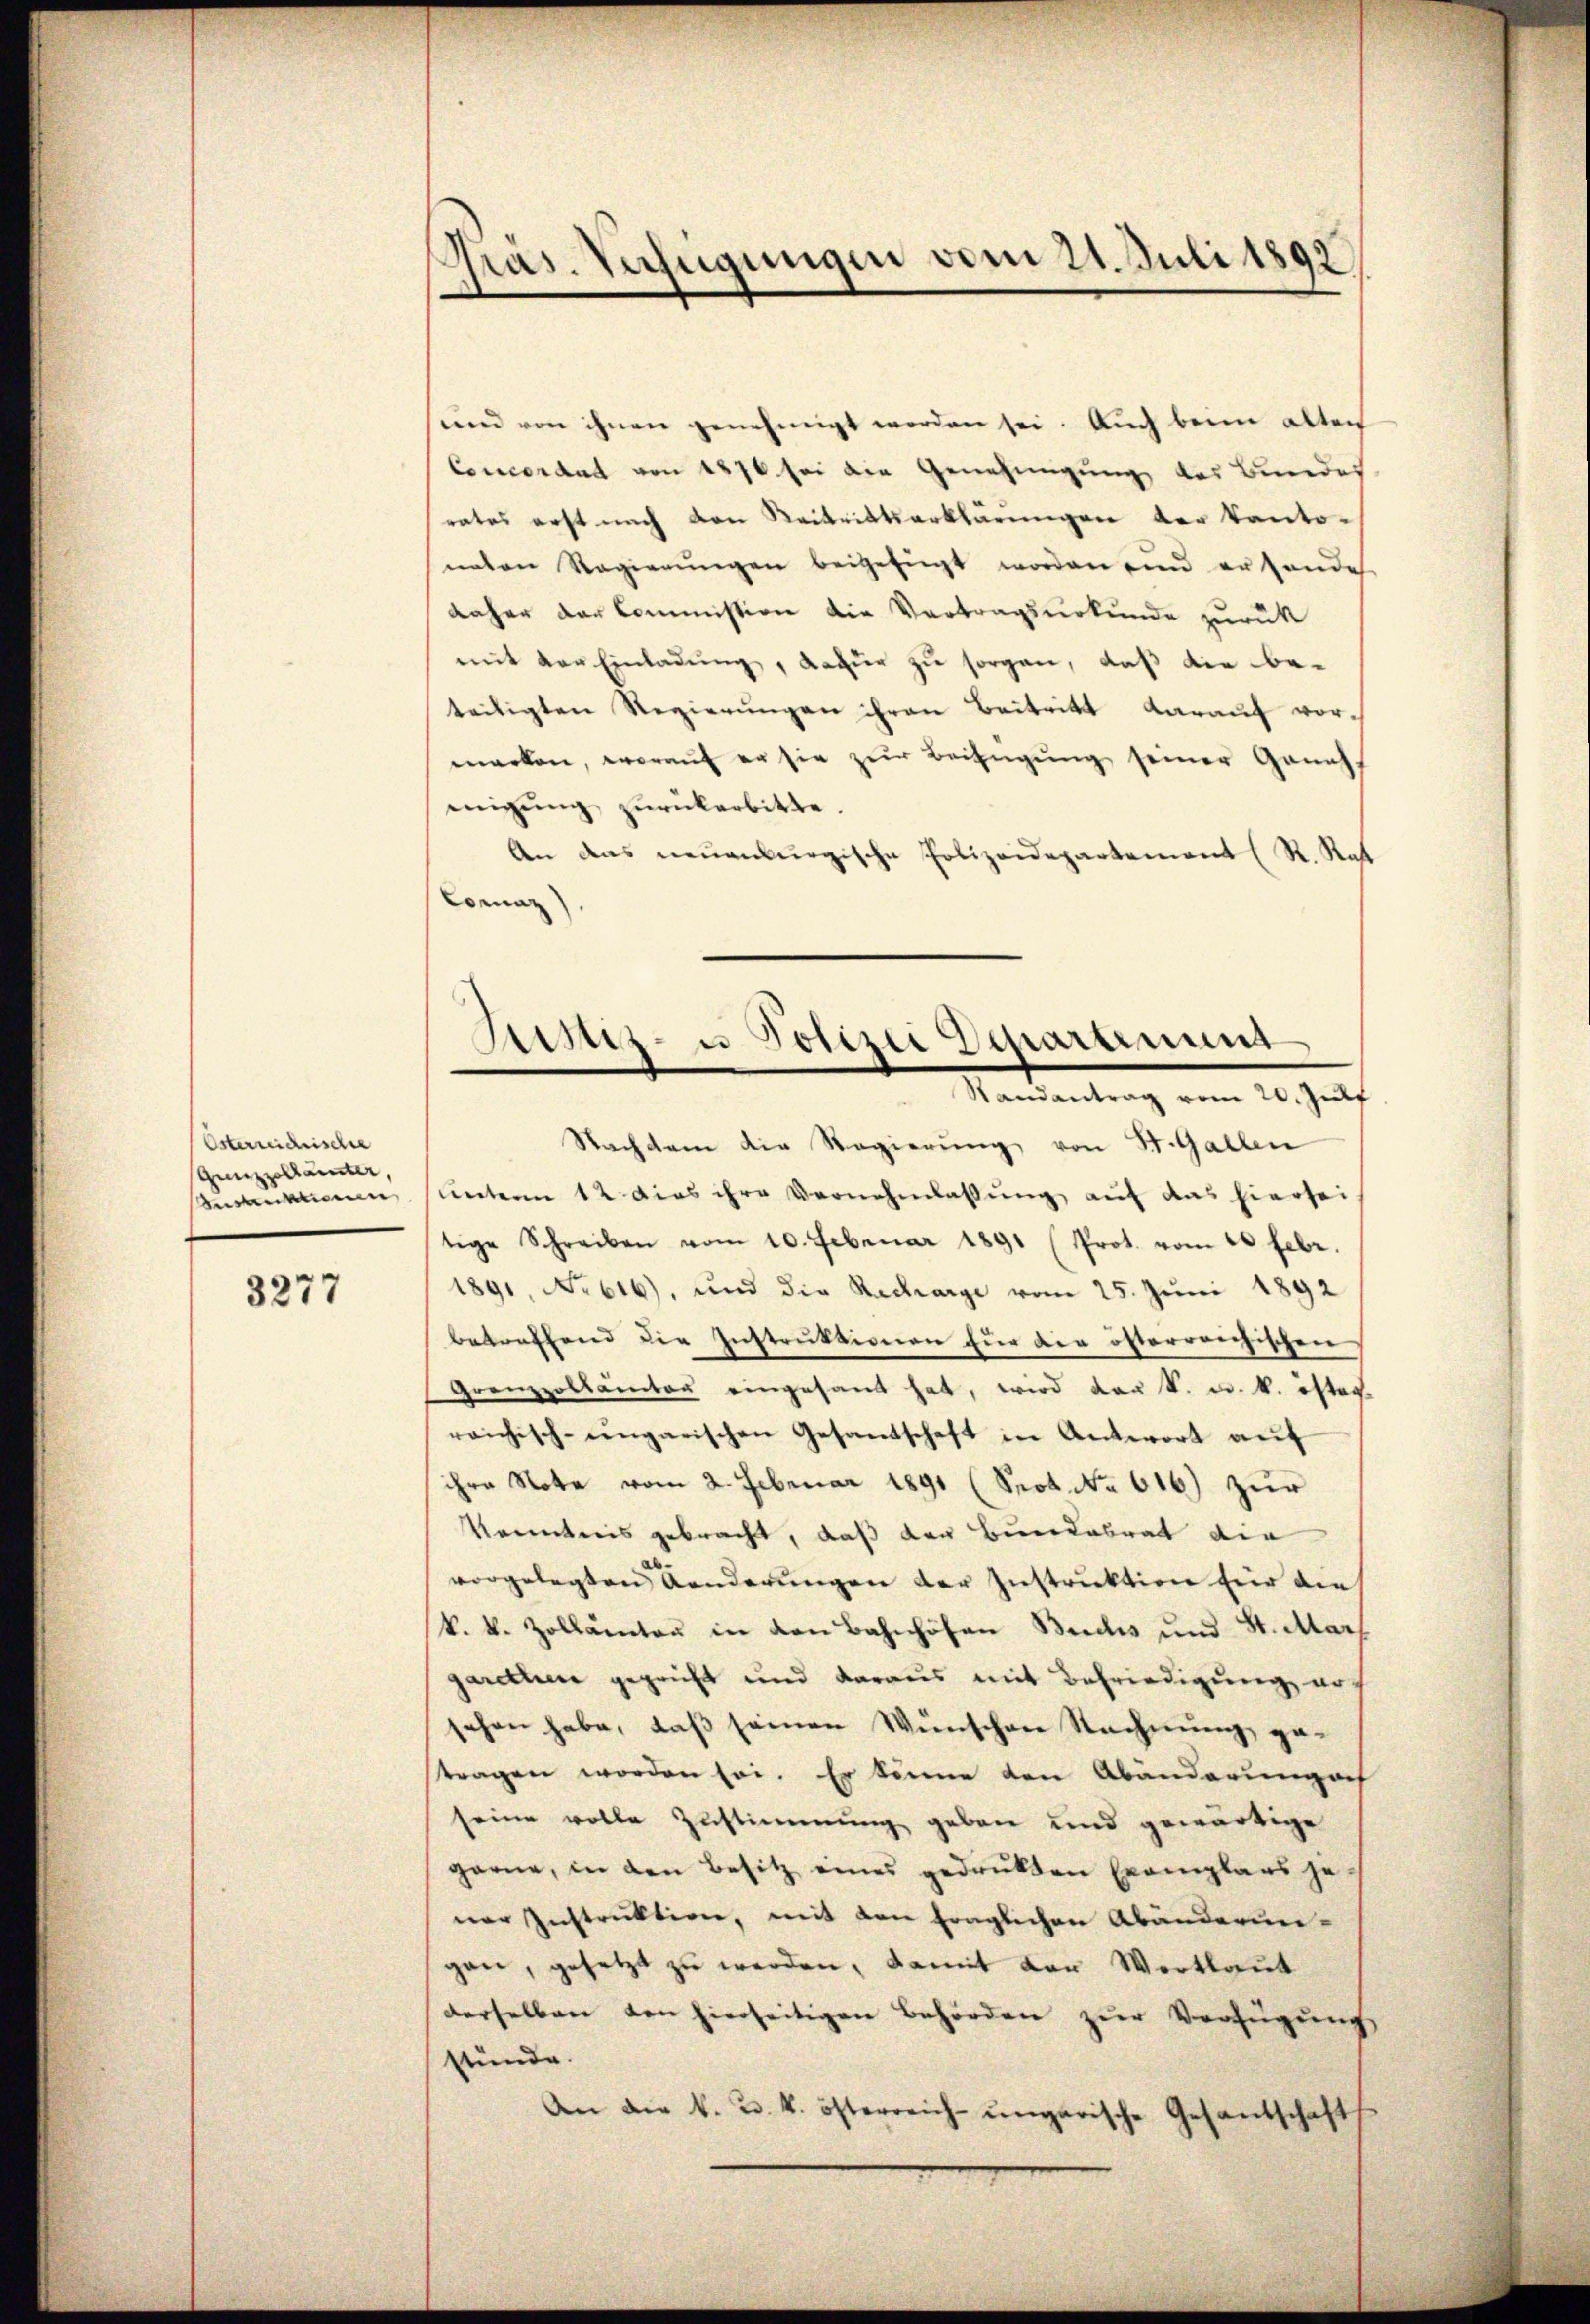
Österreichischer
Gunzzollämter,
Seestriktionen

3277

Präs. Verfügungen vom 21. Juli 1892

und von ihnen genehmigt worden sei. Auch beim alten
Concordat von 1876 sei die Genehmigung des Bundes
rates erst nach von Reitrittserklärungen der kanto-
neten Regierŭngen beigefügt worden ein er handes
daher der Commission die Vortragsurkunde zurück
mit der Einladŭng, dafür zu sorgen, daß die beteiligten Regierŭngen ihren Beitritt darauf vormarken, woraŭf er sie zŭr Beifügŭng seiner Geneh-
einigŭng zŭrückerbitte.
An das neuenburgische Polizeidepartement (R. Rat
Coman
Nachten die Regierung von St. Gallen
unterm 12 dies ihre Vernehmlassung auf das hiersei
tige Schreiben vom 10. Februar 1891 (Prot. vom 20. Febr.
1891 No 616), und die Recharge vom 25. Juni 1892
betreffend die Instruktionen für die österrenzischen
Grenzzollämter eingesant hat, wird der k. u. k. öster
reichisch-ungarischen Gesamtschaft in Antwort aŭf
ihre Note vom 2. Februar 1891 (Prot. No. 616) zur
Kenntnis gebracht, daß der Bundesrat die
vorgelegten Aenderŭngen der Instruktion für die
k. k. Zollämten in den Bahnhöfen Buchs und St. Mars
garether geprüft und daraus mit Befriedigung aus
sehen habe, daß seinen Wünschen Rechnung getragen worden sei. Er könne den Abänderung auf
seine volle Zustimmung geben und gewärtige
garne, in den Besitz eines gedrukten Exemplars je-
ner Instruktion, mit den fraglichen Abänderun-
gen, gesetzt zu werden, damit der Wortlaut
derselben von hierseitigen Behörden zur Verfügung
stünde.
An die k. u. k. österreich-ungarische Gesandschafts

Antiz- u Polizei Departinum
Randantrag vom 20. Jul